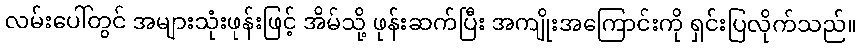
လမ်းပေါ်တွင် အများသုံးဖုန်းဖြင့် အိမ်သို့ ဖုန်းဆက်ပြီး အကျိုးအကြောင်းကို ရှင်းပြလိုက်သည်။